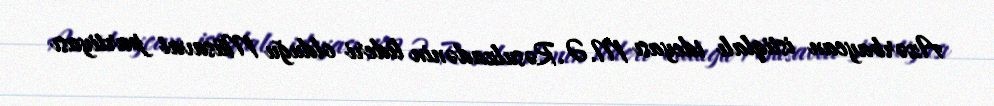
Azərbaycan istiqlalı ideyası M.Ə.Rəsulzadənin lideri olduğu Müsavat partiyası